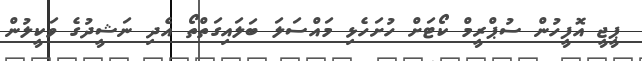
ޕީޖީ އޮފީހުން ސުޕްރީމް ކޯޓަށް ހުށަހެޅި މައްސަލަ ބަލައިގަތްތޯ އެދި ނަޝީދުގެ ވަކީލުން